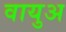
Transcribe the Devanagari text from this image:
वायुअ